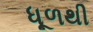
ધૂળથી